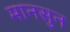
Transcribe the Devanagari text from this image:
मानसुन